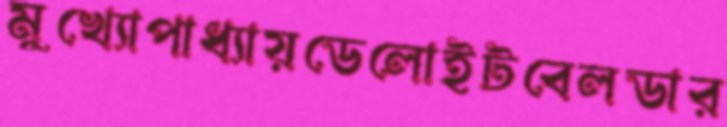
মুখ্যোপাধ্যায়ডেলোইটবেলডার